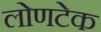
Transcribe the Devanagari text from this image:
लोणटेक